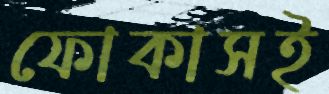
ফোকাসই